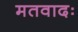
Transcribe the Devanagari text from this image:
मतवादः